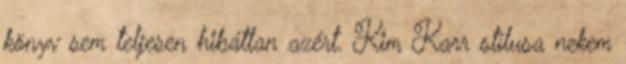
könyv sem teljesen hibátlan azért. Kim Karr stílusa nekem